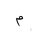
Letter: _mim